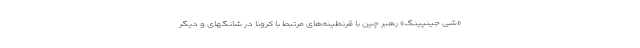
«شی جینپینگ» رهبر چین با قرنطینه‌های مرتبط با کرونا در شانگهای و دیگر